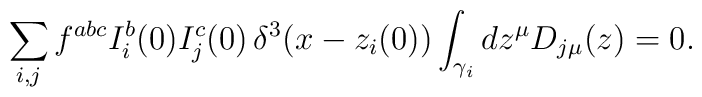
\sum_{i,j}f^{abc}I^{b}_{i}(0)I^{c}_{j}(0)\,\delta^{3}(x-z_{i}(0))\int_{\gamma_i}dz^{\mu}D_{j\mu}(z) = 0.